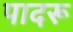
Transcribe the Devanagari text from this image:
पादरू